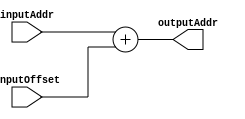
module Adder(
    input [31:0] inputAddr,
    input [31:0] inputOffset,
    output [31:0] outputAddr
);

assign outputAddr = inputAddr + inputOffset;

endmodule